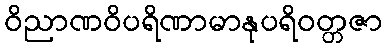
ဝိညာဏဝိပရိဏာမာနုပရိဝတ္တဇာ